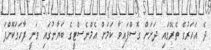
ދެ އަހަރުގެ ތެރޭގައި ދަށަށް ގޮސްފައިވާ ކަމަށް އެމްނެސްޓީގެ ބަޔާނުގައި ވަނީ ފާހަގަކޮށްފަ